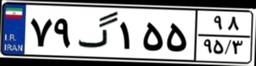
۷۹گ۱۵۵۹۸